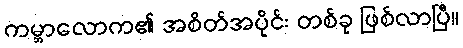
ကမ္ဘာလောက၏ အစိတ်အပိုင်း တစ်ခု ဖြစ်လာပြီ။